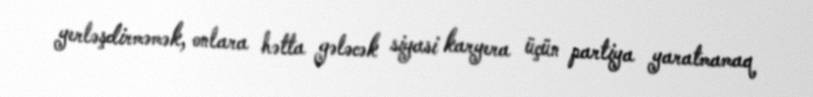
yerləşdirməmək, onlara hətta gələcək siyasi karyera üçün partiya yaratmamaq